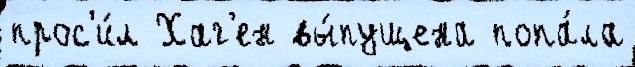
прос'и́л Хаг'ен вы́пущена попа́ла